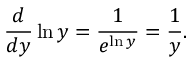
{ \frac { d } { d y } } \ln y = { \frac { 1 } { e ^ { \ln y } } } = { \frac { 1 } { y } } .